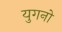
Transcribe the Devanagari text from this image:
युगनो